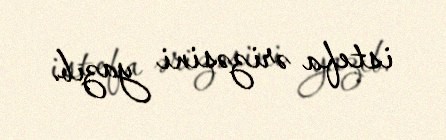
istefa ərizəsini yazıb.